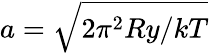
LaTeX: a=\sqrt{2\pi^{2}Ry/kT}